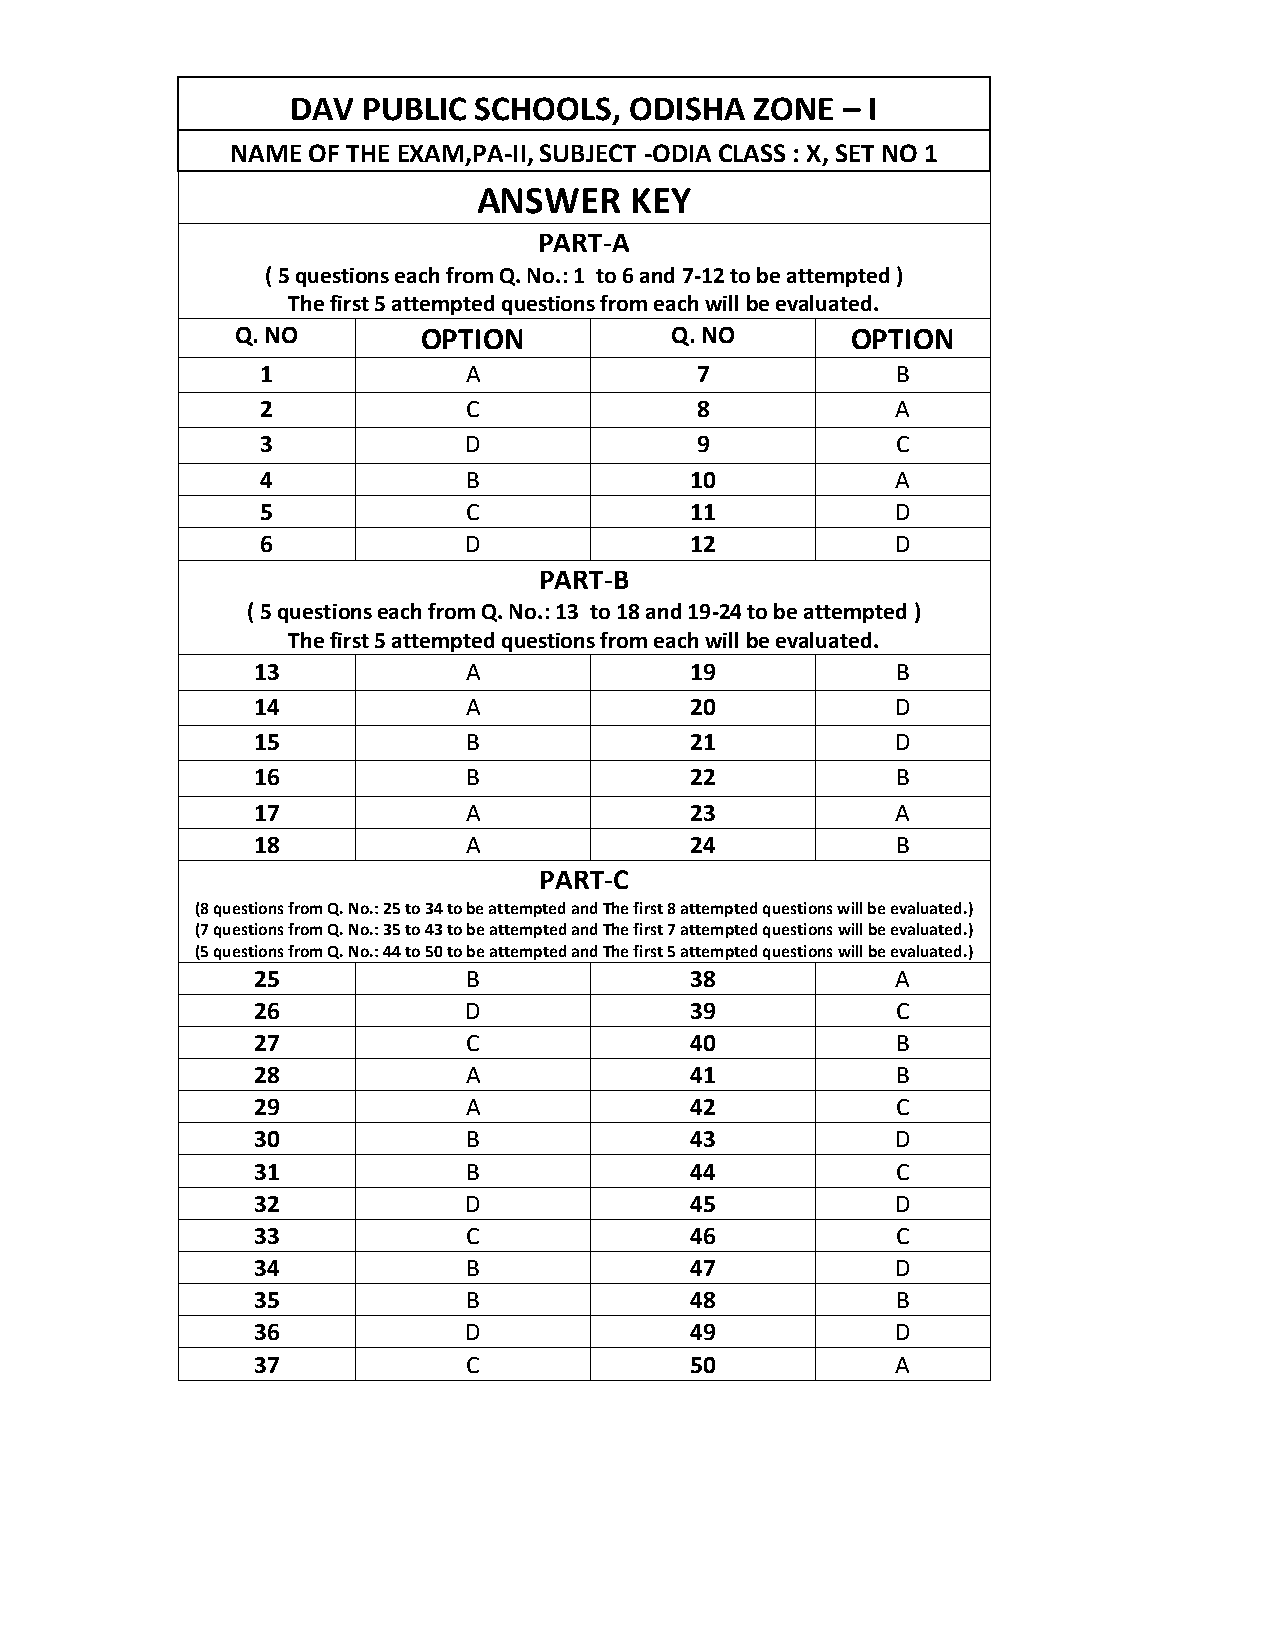
DAV  PUBLIC SCHOOLS,   ODISHA  ZONE  – I
 NAME OF THE EXAM,PA-II, SUBJECT -ODIA CLASS : X, SET NO 1
 ANSWER    KEY
 PART-A
 ( 5 questions each from Q. No.: 1 to 6 and 7-12 to be attempted )
 The first 5 attempted questions from each will be evaluated.
 Q. NO       OPTION          Q. NO       OPTION
 1             A              7            B
 2             C              8            A
 3             D              9            C
 4             B              10           A
 5             C              11           D
 6             D              12           D
 PART-B
 ( 5 questions each from Q. No.: 13 to 18 and 19-24 to be attempted )
 The first 5 attempted questions from each will be evaluated.
 13            A              19           B
 14            A              20           D
 15            B              21           D
 16            B              22           B
 17            A              23           A
 18            A              24           B
 PART-C
 (8 questions from Q. No.: 25 to 34 to be attempted and The first 8 attempted questions will be evaluated.)
 (7 questions from Q. No.: 35 to 43 to be attempted and The first 7 attempted questions will be evaluated.)
 (5 questions from Q. No.: 44 to 50 to be attempted and The first 5 attempted questions will be evaluated.)
 25            B              38           A
 26            D              39           C
 27            C              40           B
 28            A              41           B
 29            A              42           C
 30            B              43           D
 31            B              44           C
 32            D              45           D
 33            C              46           C
 34            B              47           D
 35            B              48           B
 36            D              49           D
 37            C              50           A